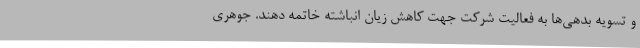
و تسویه بدهی‌ها به فعالیت شرکت جهت کاهش زیان انباشته خاتمه دهند. جوهری